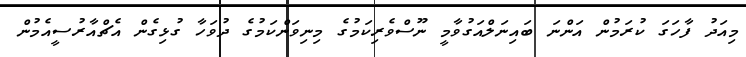
މިއަދު ފާހަގަ ކުރަމުން އަންނަ ބައިނަލްއަގުވާމީ ނޫސްވެރިކަމުގެ މިނިވަންކަމުގެ ދުވަހާ ގުޅިގެން އެޗްއާރުސީއެމުން